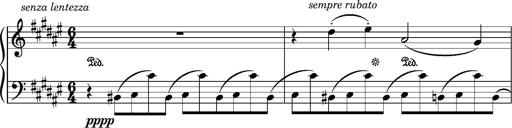
Title: Album-Leaf 'Apparition 1', S.166z
Composer: Franz Liszt
Key: F-sharp minor